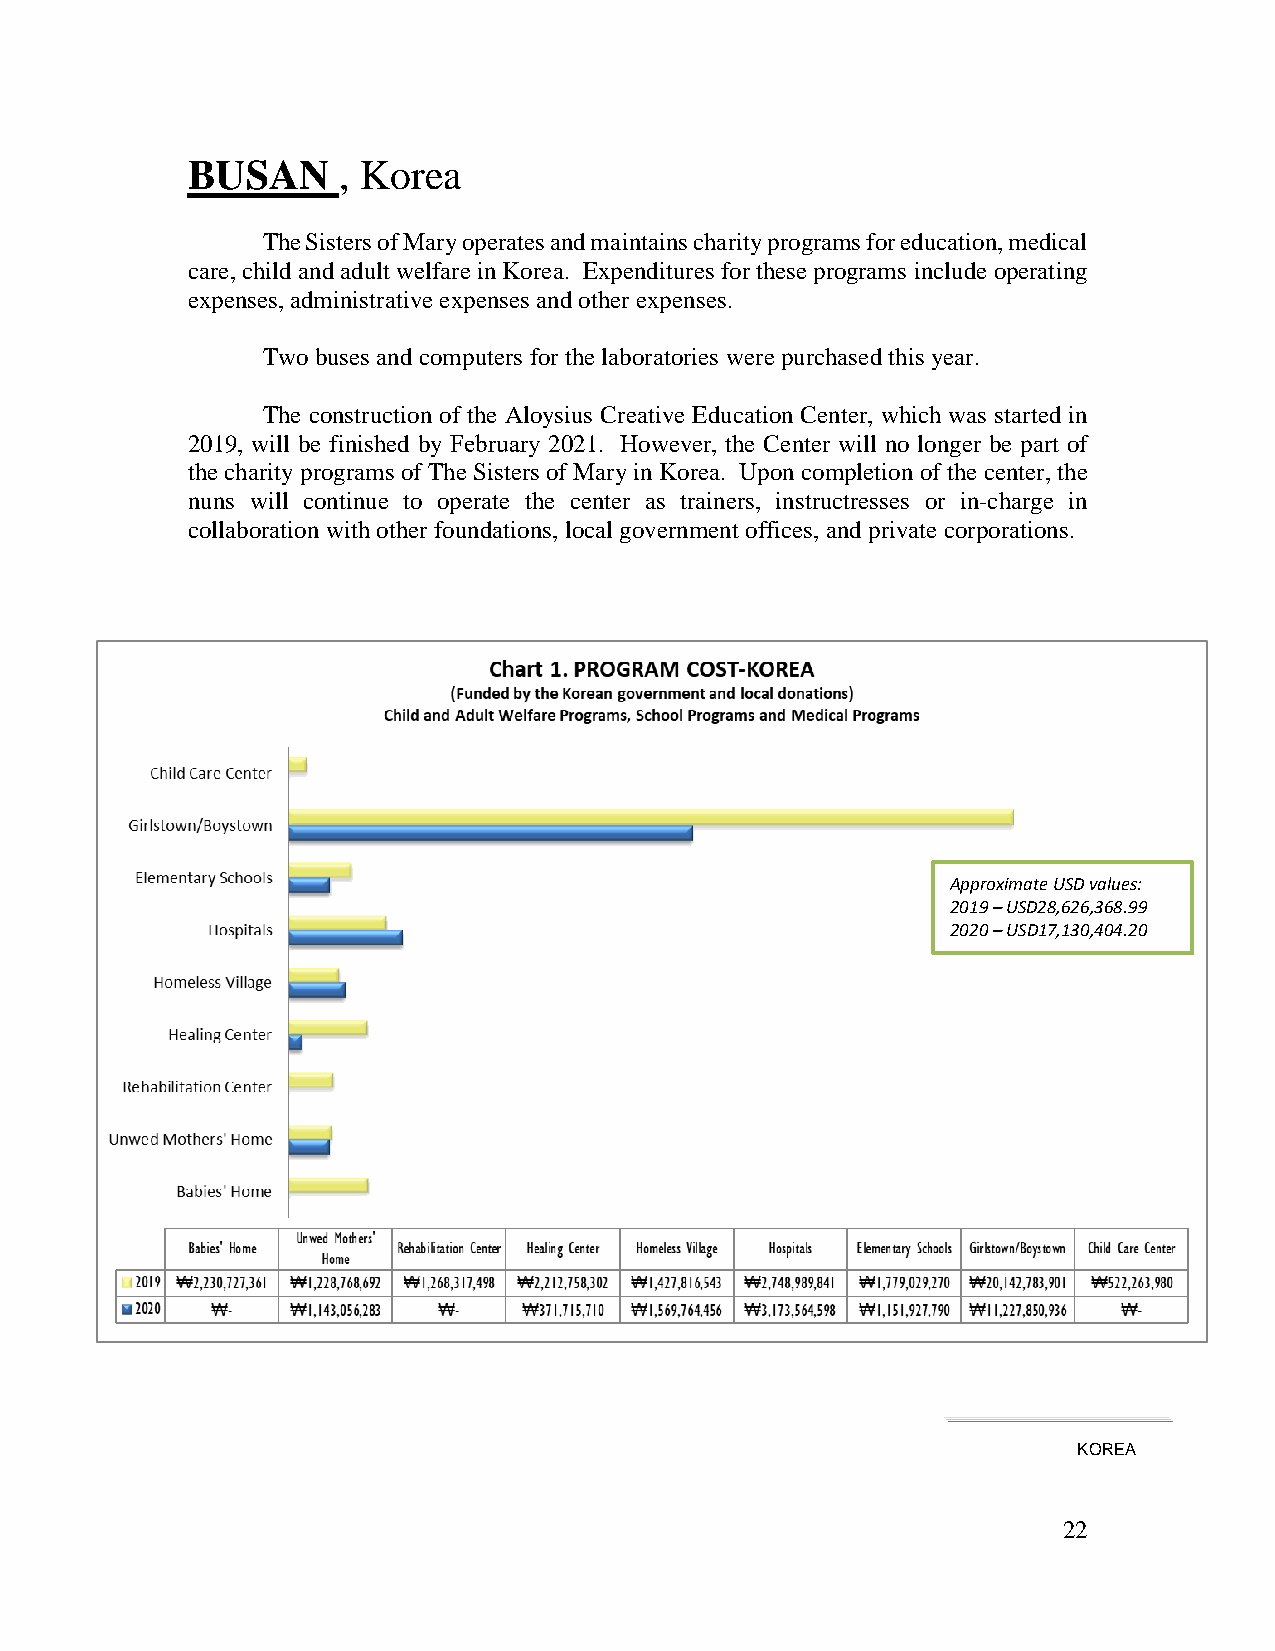
BUSAN     , Korea
 The Sisters of Mary operates and maintains charity programs for education, medical
 care, child and adult welfare in Korea. Expenditures for these programs include operating
 expenses, administrative expenses and other expenses.
 Two buses and computers for the laboratories were purchased this year.
 The construction of the Aloysius Creative Education Center, which was started in
 2019, will be finished by February 2021. However, the Center will no longer be part of
 the charity programs of The Sisters of Mary in Korea. Upon completion of the center, the
 nuns will continue to operate the center as trainers, instructresses or in-charge in
 collaboration with other foundations, local government offices, and private corporations.
 Approximate USD values:
 2019 – USD28,626,368.99
 2020 – USD17,130,404.20
 KOREA
 22